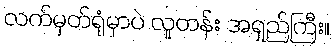
လက်မှတ်ရုံမှာပဲ လူတန်း အရှည်ကြီး။